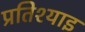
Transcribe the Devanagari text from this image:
प्रतिश्याइ